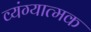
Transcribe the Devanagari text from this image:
व्‍यंग्‍यात्‍मक